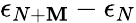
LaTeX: \epsilon_{N+\mathbf{M}}-\epsilon_{N}